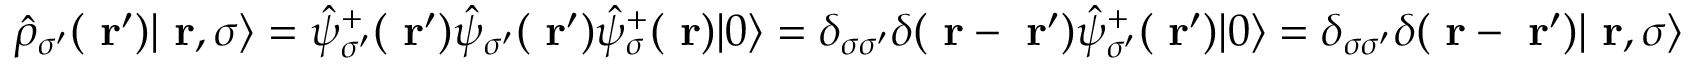
\hat { \rho } _ { \sigma ^ { \prime } } ( \mathrm { \bf ~ r } ^ { \prime } ) | \mathrm { \bf ~ r } , \sigma \rangle = \hat { \psi } _ { \sigma ^ { \prime } } ^ { + } ( \mathrm { \bf ~ r } ^ { \prime } ) \hat { \psi } _ { \sigma ^ { \prime } } ( \mathrm { \bf ~ r } ^ { \prime } ) \hat { \psi } _ { \sigma } ^ { + } ( \mathrm { \bf ~ r } ) | 0 \rangle = \delta _ { \sigma \sigma ^ { \prime } } \delta ( \mathrm { \bf ~ r } - \mathrm { \bf ~ r } ^ { \prime } ) \hat { \psi } _ { \sigma ^ { \prime } } ^ { + } ( \mathrm { \bf ~ r } ^ { \prime } ) | 0 \rangle = \delta _ { \sigma \sigma ^ { \prime } } \delta ( \mathrm { \bf ~ r } - \mathrm { \bf ~ r } ^ { \prime } ) | \mathrm { \bf ~ r } , \sigma \rangle